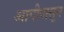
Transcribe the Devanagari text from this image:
आगीपासून